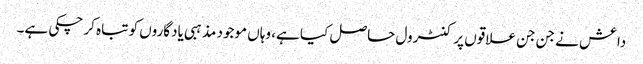
داعش نے جن جن علاقوں پر کنٹرول حاصل کیا ہے، وہاں موجود مذہبی یادگاروں کو تباہ کر چکی ہے۔